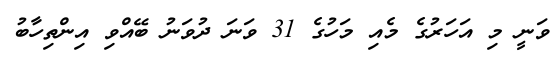
ވަނީ މި އަހަރުގެ މެއި މަހުގެ 31 ވަނަ ދުވަނު ބޭއްވި އިންތިހާބު